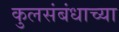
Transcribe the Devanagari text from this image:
कुलसंबंधाच्या